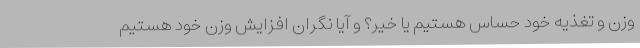
وزن و تغذیه خود حساس هستیم یا خیر؟ و آیا نگران افزایش وزن خود هستیم